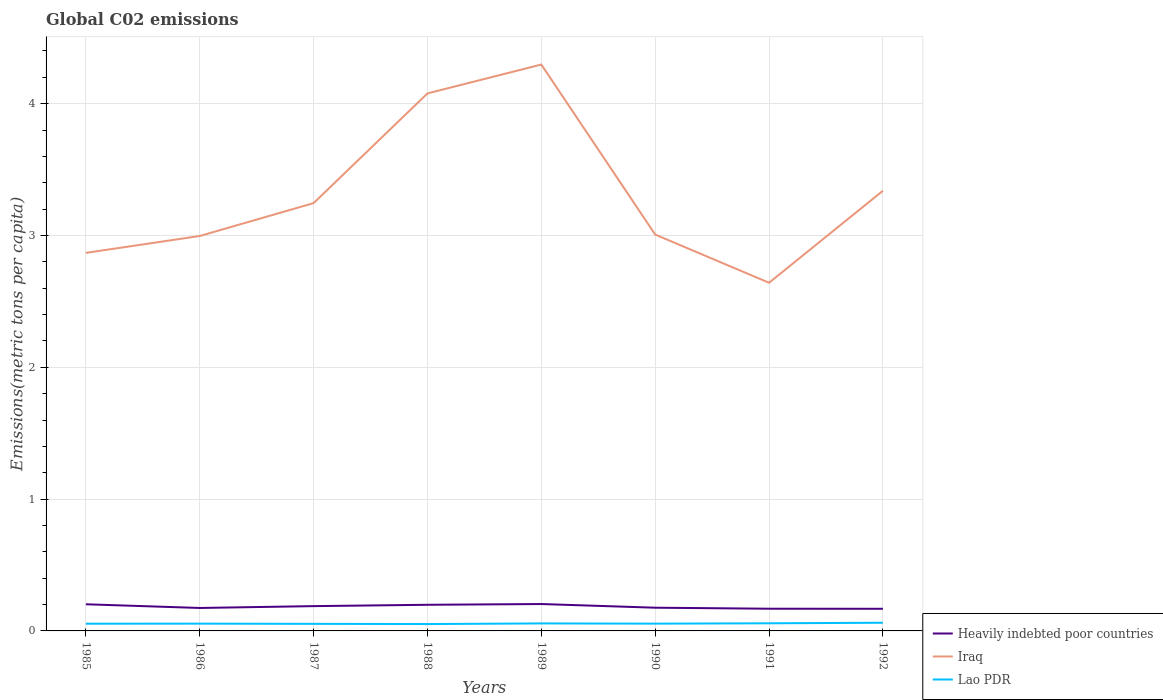
| Years | Heavily indebted poor countries | Iraq | Lao PDR |
 | --- | --- | --- | --- |
 | 1985 | 0.202 | 2.87 | 0.0548 |
 | 1986 | 0.174 | 3 | 0.0552 |
 | 1987 | 0.188 | 3.25 | 0.0537 |
 | 1988 | 0.198 | 4.08 | 0.0521 |
 | 1989 | 0.204 | 4.3 | 0.0569 |
 | 1990 | 0.176 | 3.01 | 0.0552 |
 | 1991 | 0.168 | 2.64 | 0.0579 |
 | 1992 | 0.168 | 3.34 | 0.062 |